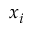
x _ { i }